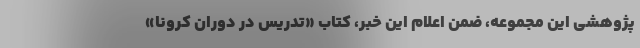
پژوهشی این مجموعه، ضمن اعلام این خبر، کتاب «تدریس در دوران کرونا»